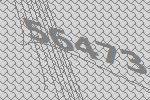
56473